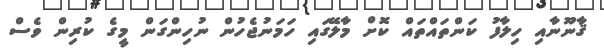
ޤާނޫނާއި ހިލާފު ކަންތައްތައް ކޮށް މާލޭގައި ހަމަނުޖެހުން ނުހިންގަން މީގެ ކުރިން ވެސް